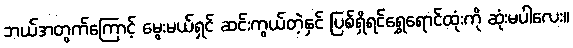
ဘယ်အတွက်ကြောင့် မွေးမယ်ရှင် ဆင်းကွယ်တဲ့နှင် ပြစ်ရှိရင်ရွှေရောင်ထုံးကို ဆုံးမပါလေး။